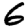
Digit: 6